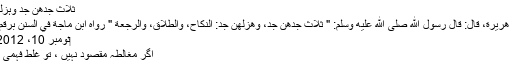
ثلاث جدھن جد وہزلہن ہزل
عَنْ أَبِي هُرَيْرَةَ، قَالَ: قَالَ رَسُولُ اللَّهِ صَلَّى اللهُ عَلَيْهِ وَسَلَّمَ: " ثَلَاثٌ جِدُّهُنَّ جِدٌّ، وَهَزْلُهُنَّ جِدٌّ: النِّكَاحُ، وَالطَّلَاقُ، وَالرَّجْعَةُ " رواه ابن ماجة في السنن برقم ٢٠٣٩
‏نومبر 10، 2012 #33
اگر مغالطہ مقصود نہیں ، تو غلط فہمی ہی ہے۔